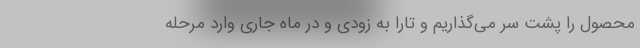
محصول را پشت سر می‌گذاریم و تارا به زودی و در ماه جاری وارد مرحله